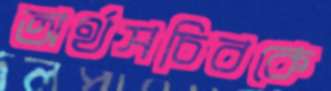
অর্থসচিবকে